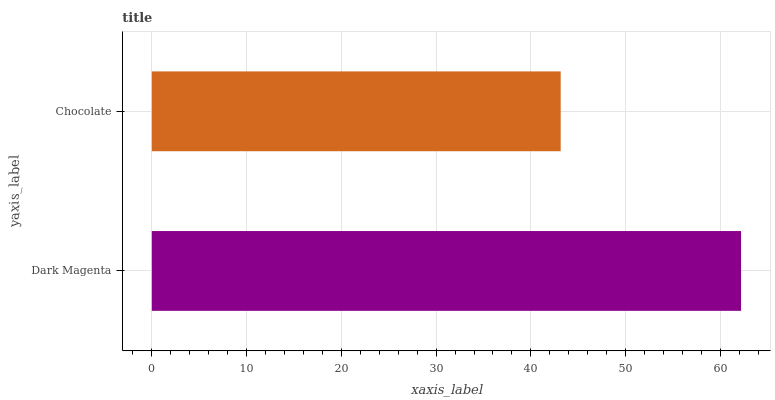
| yaxis_label | bars |
 | --- | --- |
 | Dark Magenta | 62.2 |
 | Chocolate | 43.1 |